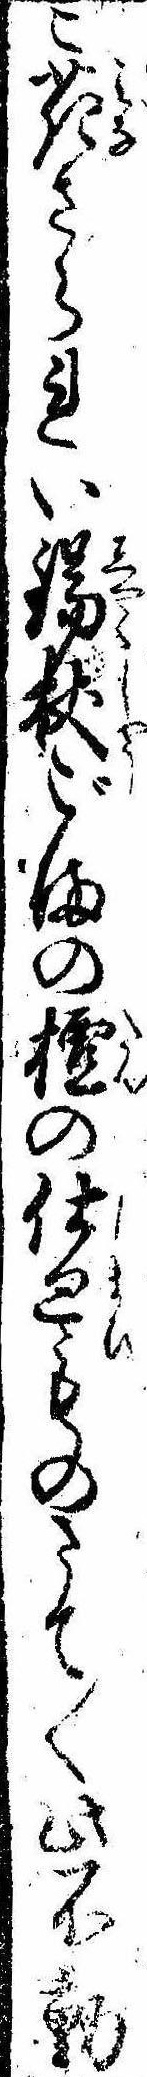
こ花さられい錫杖ごまの檀の仕廻ものさて〱此不動